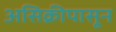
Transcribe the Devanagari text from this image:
असिक्रीपासून